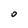
Character: 0